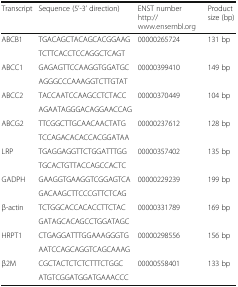
<table><thead><tr><td><b>Transcript</b></td><td><b>Sequence (5’-3’ direction)</b></td><td><b>ENST number http://www.ensembl.org</b></td><td><b>Product size (bp)</b></td></tr></thead><tbody><tr><td rowspan="2">ABCB1</td><td>TGACAGCTACAGCACGGAAG</td><td rowspan="2">00000265724</td><td rowspan="2">131 bp</td></tr><tr><td>TCTTCACCTCCAGGCTCAGT</td></tr><tr><td rowspan="2">ABCC1</td><td>GAGAGTTCCAAGGTGGATGC</td><td rowspan="2">00000399410</td><td rowspan="2">149 bp</td></tr><tr><td>AGGGCCCAAAGGTCTTGTAT</td></tr><tr><td rowspan="2">ABCC2</td><td>TACCAATCCAAGCCTCTACC</td><td rowspan="2">00000370449</td><td rowspan="2">104 bp</td></tr><tr><td>AGAATAGGGACAGGAACCAG</td></tr><tr><td rowspan="2">ABCG2</td><td>TTCGGCTTGCAACAACTATG</td><td rowspan="2">00000237612</td><td rowspan="2">128 bp</td></tr><tr><td>TCCAGACACACCACGGATAA</td></tr><tr><td rowspan="2">LRP</td><td>TGAGGAGGTTCTGGATTTGG</td><td rowspan="2">00000357402</td><td rowspan="2">135 bp</td></tr><tr><td>TGCACTGTTACCAGCCACTC</td></tr><tr><td rowspan="2">GADPH</td><td>GAAGGTGAAGGTCGGAGTCA</td><td rowspan="2">00000229239</td><td rowspan="2">199 bp</td></tr><tr><td>GACAAGCTTCCCGTTCTCAG</td></tr><tr><td rowspan="2">β-actin</td><td>TCTGGCACCACACCTTCTAC</td><td rowspan="2">00000331789</td><td rowspan="2">169 bp</td></tr><tr><td>GATAGCACAGCCTGGATAGC</td></tr><tr><td rowspan="2">HRPT1</td><td>CTGAGGATTTGGAAAGGGTG</td><td rowspan="2">00000298556</td><td rowspan="2">156 bp</td></tr><tr><td>AATCCAGCAGGTCAGCAAAG</td></tr><tr><td rowspan="2">β2M</td><td>CGCTACTCTCTCTTTCTGGC</td><td rowspan="2">00000558401</td><td rowspan="2">133 bp</td></tr><tr><td>ATGTCGGATGGATGAAACCC</td></tr></tbody></table>